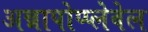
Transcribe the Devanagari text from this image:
अन्नापोप्प्लेवेल